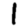
Digit: 1